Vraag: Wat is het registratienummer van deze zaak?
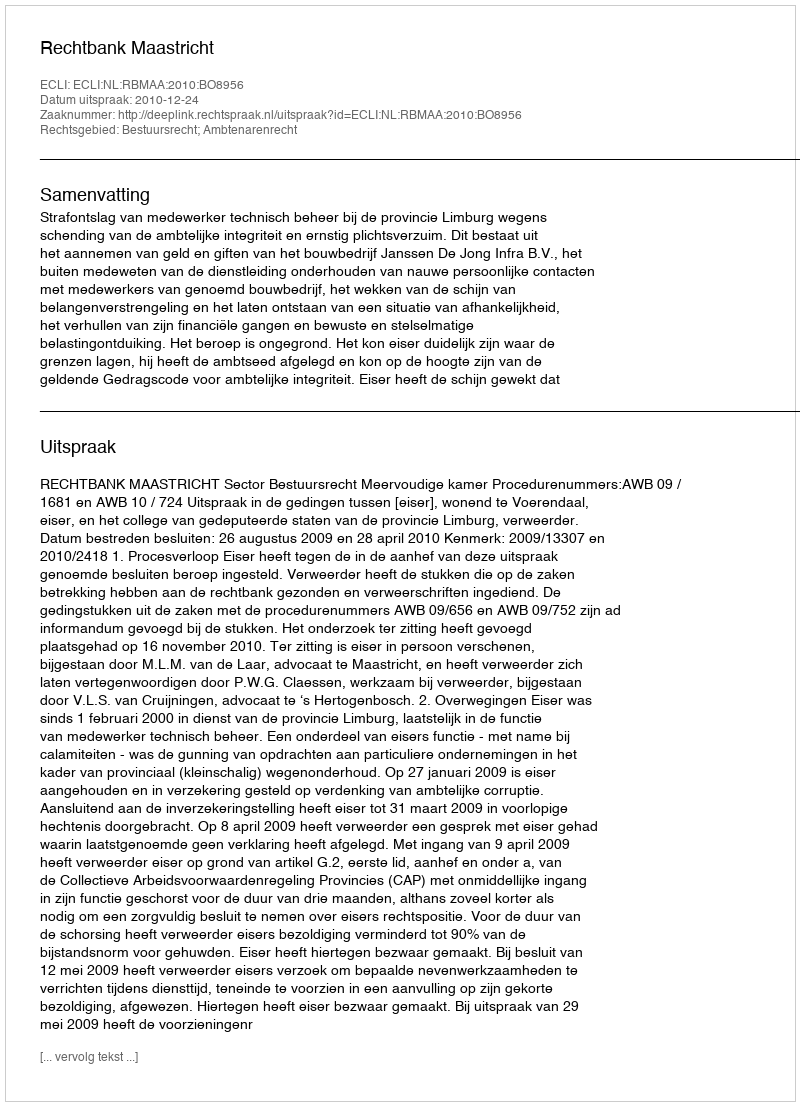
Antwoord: http://deeplink.rechtspraak.nl/uitspraak?id=ECLI:NL:RBMAA:2010:BO8956